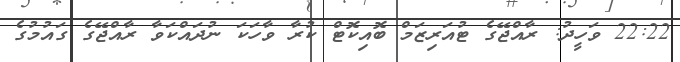
22:22 ވަހީދު: ރާއްޖޭގެ ޓުއަރިޒަމް ބޮއިކޮޓް ކުރާ ވާހަކަ ނުދައްކަވާ ރާއްޖޭގެ ގައުމުގެ